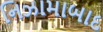
નિઝામાબાદ